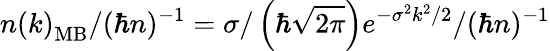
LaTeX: n\left(k\right)_{\mathrm{MB}}/(\hbar n)^{-1}=\sigma/\left(\hbar\sqrt{2\pi}\right)e^{-\sigma^{2}k^{2}/2}/(\hbar n)^{-1}